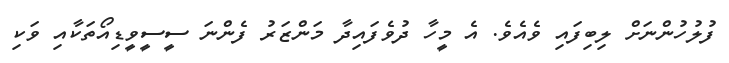
ފުލުހުންނަށް ލިބިފައި ވެއެވެ. އެ މީހާ ދުވެފައިދާ މަންޒަރު ފެންނަ ސީސީވީޑިއޯތަކާއި ވަކި